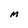
Character: M